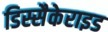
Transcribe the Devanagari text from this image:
डिस्सैकेराइड